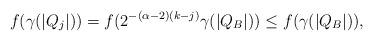
LaTeX: \begin{align*}f(\gamma(|Q_j|)) = f(2^{-(\alpha-2)(k-j)}\gamma(|Q_B|)) \le f(\gamma(|Q_B|)),\end{align*}